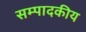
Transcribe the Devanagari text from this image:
सम्‍पादकीय